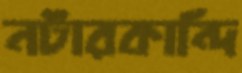
নটারকান্দি